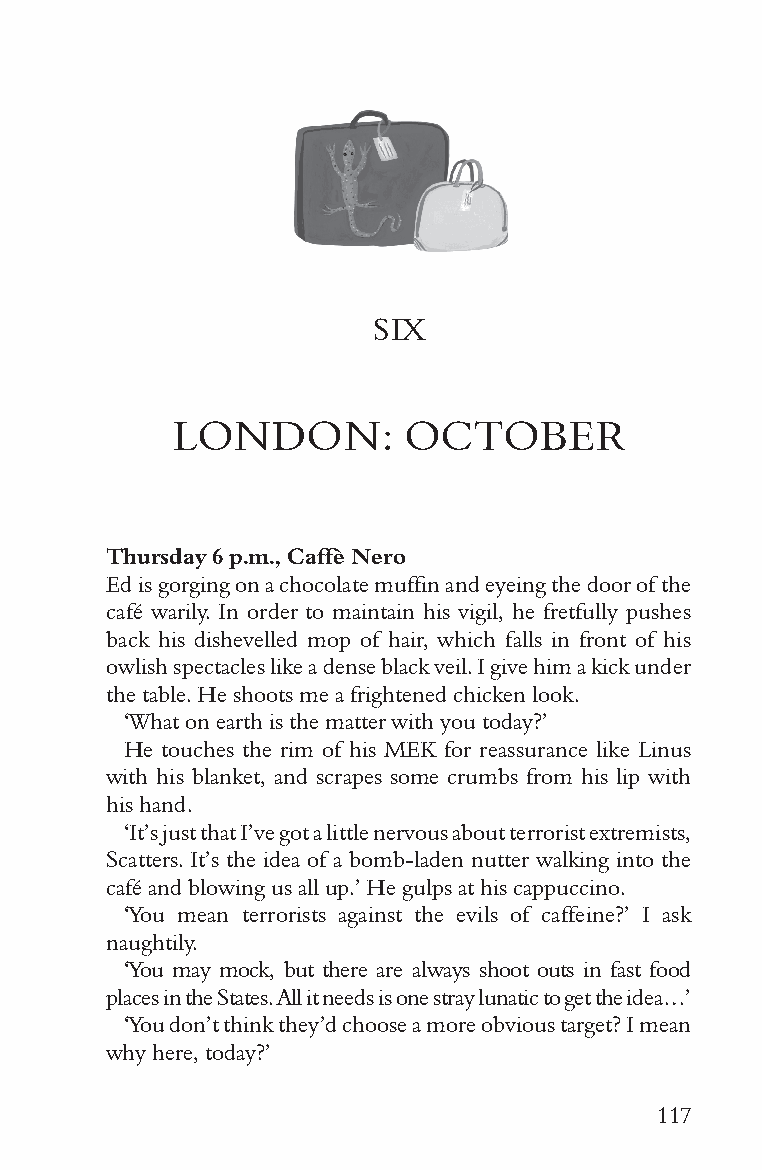
SIX
 LONDON:         OCTOBER
 Thursday 6 p.m., Caffè Nero
 Ed is gorging on a chocolate muffin and eyeing the door of the
 café warily. In order to maintain his vigil, he fretfully pushes
 back his dishevelled mop of hair, which falls in front of his
 owlish spectacles like a dense black veil. I give him a kick under
 the table. He shoots me a frightened chicken look.
 ‘What on earth is the matter with you today?’
 He touches the rim of his MEK for reassurance like Linus
 with his blanket, and scrapes some crumbs from his lip with
 his hand.
 ‘It’s just that I’ve got a little nervous about terrorist extremists,
 Scatters. It’s the idea of a bomb-laden nutter walking into the
 café and blowing us all up.’ He gulps at his cappuccino.
 ‘You mean terrorists against the evils of caffeine?’ I ask
 naughtily.
 ‘You may mock, but there are always shoot outs in fast food
 places in the States. All it needs is one stray lunatic to get the idea…’
 ‘You don’t think they’d choose a more obvious target? I mean
 why here, today?’
 117